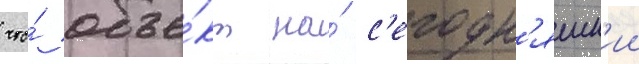
что́ объе́кт на́ с'егодн'яшн'ии